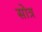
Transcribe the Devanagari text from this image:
सोत्र